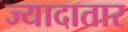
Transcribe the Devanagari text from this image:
ज्यादातार